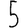
Digit: 5